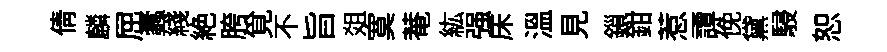
倩麟屈蠧綫絶胯覓不旨爼寞菴紘强床溫見鎻鉗惹譚俛黛駸恕